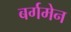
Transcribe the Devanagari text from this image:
बर्गमेन